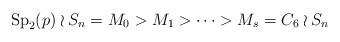
LaTeX: \begin{align*}{\rm Sp}_2(p) \wr S_n = M_0 > M_1> \cdots > M_s = C_6 \wr S_n\end{align*}